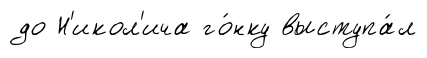
до Н'икол'ича го́нку выступа́л